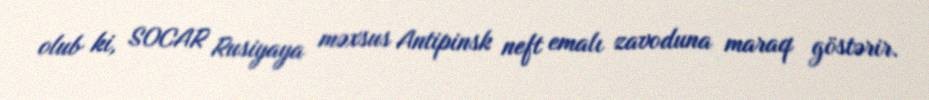
olub ki, SOCAR Rusiyaya məxsus Antipinsk neft emalı zavoduna maraq göstərir.